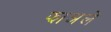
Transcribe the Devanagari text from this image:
झाअले